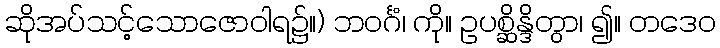
ဆိုအပ်သင့်သောဇောဝါရ၌။) ဘဝင်္ဂံ၊ ကို။ ဥပစ္ဆိန္ဒိတွာ၊ ၍။ တဒေဝ